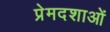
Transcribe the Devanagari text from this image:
प्रेमदशाओं